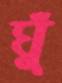
ঘুঁ